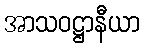
အာသဝဋ္ဌာနီယာ